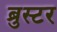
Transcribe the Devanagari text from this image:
ब्रुस्टर